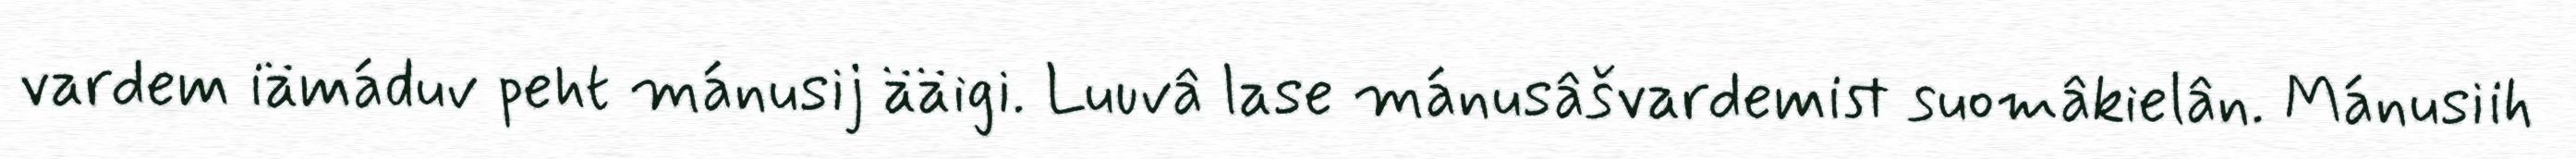
vardem iämáduv peht mánusij ääigi. Luuvâ lase mánusâšvardemist suomâkielân. Mánusiih